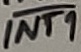
Text: INT1